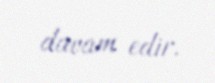
davam edir.